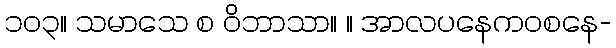
၁၀၃။ သမာသေ စ ဝိဘာသာ။ ။ အာလပနေကဝစနေ-